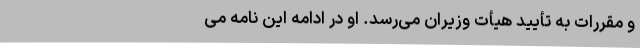
‌و مقررات ‌به تأیید هیأت ‌وزیران‌ می‌رسد. او در ادامه این نامه می